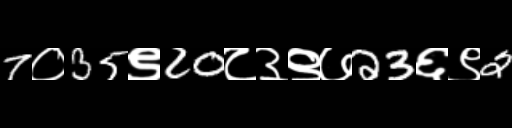
Text: 7०35९20८३९७23६९2